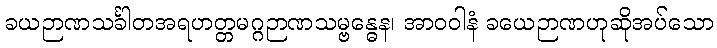
ခယဉာဏသင်္ခါတအရဟတ္တမဂ္ဂဉာဏသမ္ဗန္ဓေန၊ အာဝဝါနံ ခယေဉာဏဟုဆိုအပ်သော